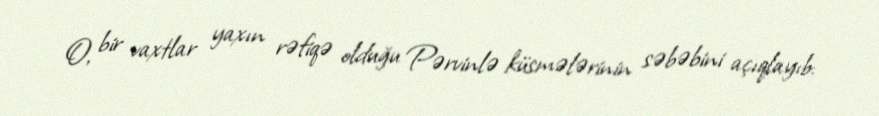
O, bir vaxtlar yaxın rəfiqə olduğu Pərvinlə küsmələrinin səbəbini açıqlayıb: